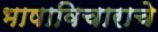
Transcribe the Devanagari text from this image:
भाषाविचाराचे